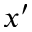
x ^ { \prime }